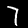
Digit: 7